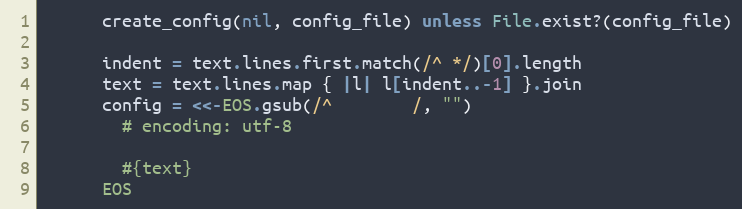
Language: Ruby
      create_config(nil, config_file) unless File.exist?(config_file)

      indent = text.lines.first.match(/^ */)[0].length
      text = text.lines.map { |l| l[indent..-1] }.join
      config = <<-EOS.gsub(/^        /, "")
        # encoding: utf-8

        #{text}
      EOS